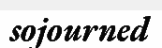
sojourned